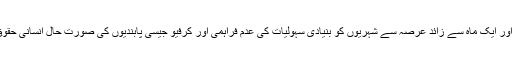
کشمیر کی ریاستی خود مختاری ختم کرنے اور ایک ماہ سے زائد عرصہ سے شہریوں کو بنیادی سہولیات کی عدم فراہمی اور کرفیو جیسی پابندیوں کی صورتِ حال انسانی حقوق کونسل اجلاس کے ایجنڈے میں شامل تھی۔